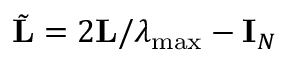
\tilde { \mathbf { L } } = 2 \mathbf L / \lambda _ { \operatorname* { m a x } } - \mathbf I _ { N }